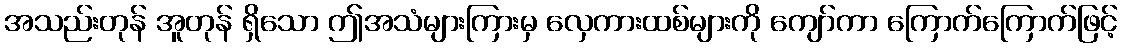
အသည်းတုန် အူတုန် ရှိသော ဤအသံများကြားမှ လှေကားထစ်များကို ကျော်ကာ ကြောက်ကြောက်ဖြင့်